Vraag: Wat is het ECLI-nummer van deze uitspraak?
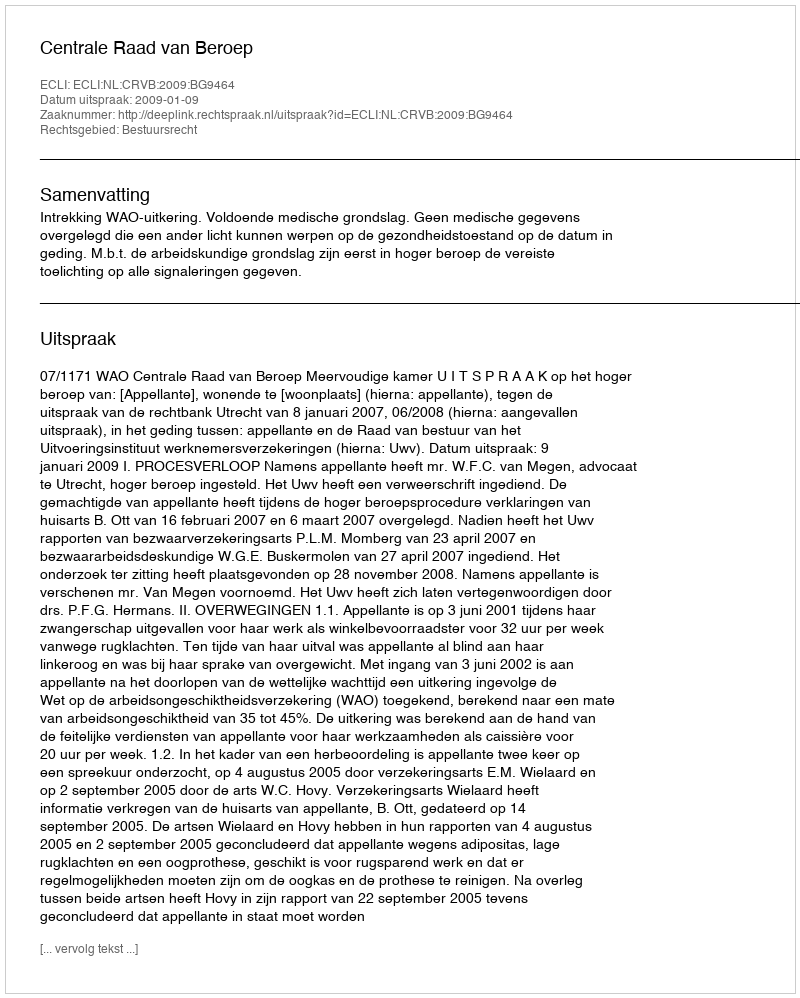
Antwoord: ECLI:NL:CRVB:2009:BG9464